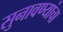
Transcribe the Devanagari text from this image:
सुनावण्यांचा